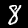
Digit: 8